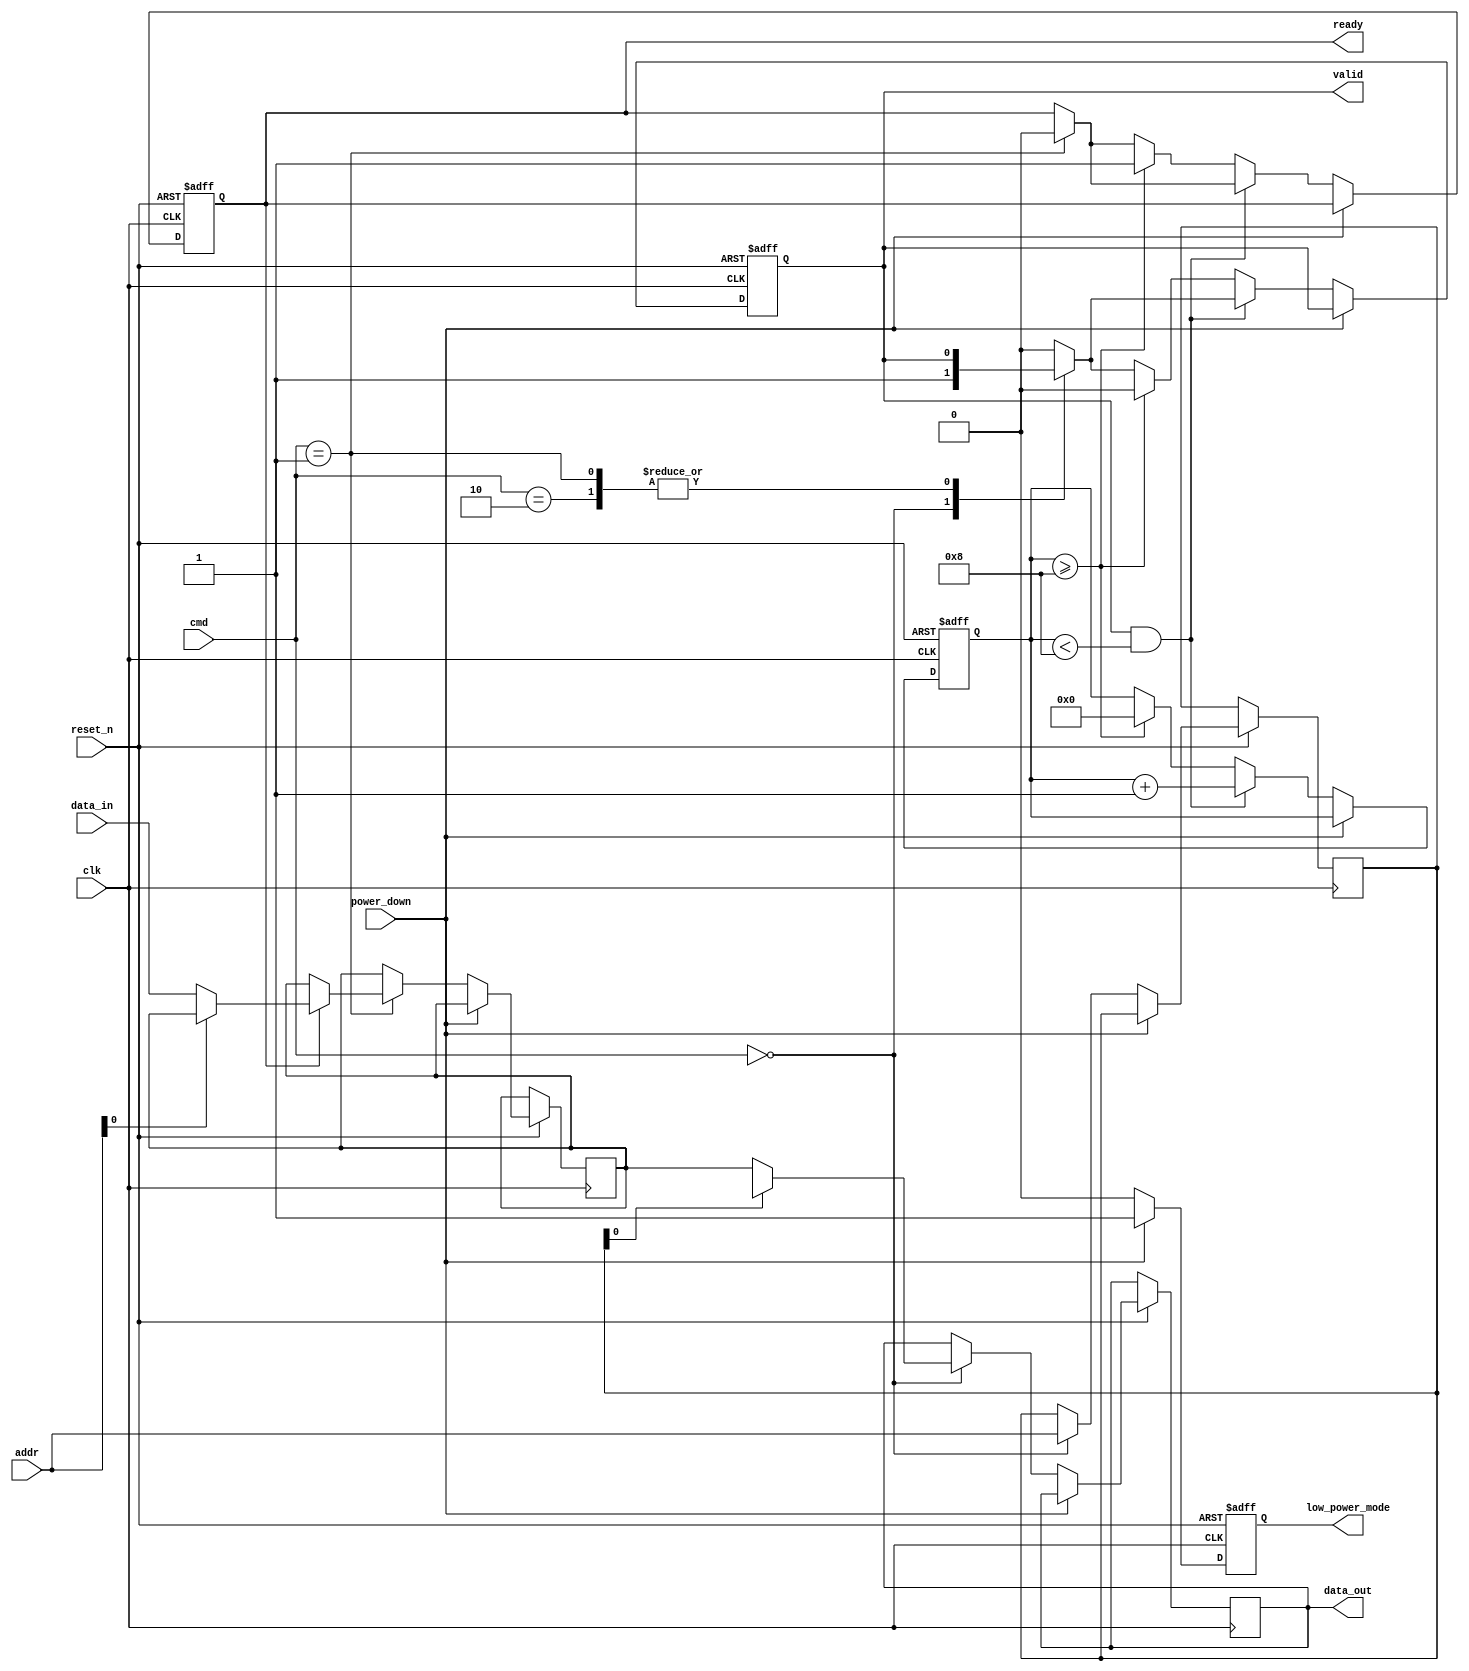
module gddr_io_block #(
    parameter DATA_WIDTH = 64,         // Configurable data bus width (32, 64 bits)
    parameter BURST_LENGTH = 8,         // Configurable burst length (4, 8, 16)
    parameter ADDR_WIDTH = 32           // Address width for memory access
)(
    input wire clk,                     // System clock
    input wire reset_n,                 // Active low reset

    // Command Interface
    input wire [2:0] cmd,               // Command signals (e.g., READ, WRITE, PRECHARGE)
    input wire [ADDR_WIDTH-1:0] addr,   // Address input

    // Data Interface
    input wire [DATA_WIDTH-1:0] data_in, // Data input for write operations
    output reg [DATA_WIDTH-1:0] data_out, // Data output for read operations

    // Control Signals
    output reg valid,                   // Valid signal for data output
    output reg ready,                   // Ready signal for data input

    // Power Management
    input wire power_down,              // Power down control
    output reg low_power_mode           // Low power mode indication

    // Differential Signaling (not shown, typically requires additional pins)
);

    // Internal signals
    reg [DATA_WIDTH-1:0] memory [0:2**ADDR_WIDTH-1]; // Simple memory model
    reg [3:0] burst_counter;         // Counter for burst operations
    reg [ADDR_WIDTH-1:0] current_addr; // Current address for operations

    // Memory access control
    always @(posedge clk or negedge reset_n) begin
        if (!reset_n) begin
            valid <= 0;
            ready <= 1;
            low_power_mode <= 0;
            burst_counter <= 0;
        end else if (power_down) begin
            low_power_mode <= 1; // Enter low power mode
        end else begin
            low_power_mode <= 0; // Exit low power mode
            case (cmd)
                3'b000: begin // READ command
                    current_addr <= addr;
                    valid <= 1;
                    data_out <= memory[current_addr];
                end
                3'b001: begin // WRITE command
                    if (ready) begin
                        memory[addr] <= data_in;
                        ready <= 0;
                    end
                end
                3'b010: begin // PRECHARGE command
                    // Handle precharge logic here
                end
                default: begin
                    valid <= 0;
                end
            endcase
            
            // Burst operation handling
            if (valid && burst_counter < BURST_LENGTH) begin
                // Logic for burst read/write operations
                burst_counter <= burst_counter + 1;
            end else if (burst_counter >= BURST_LENGTH) begin
                burst_counter <= 0; // Reset counter after burst
                ready <= 1;         // Indicate ready for next operation
                valid <= 0;        // Reset valid signal
            end
        end
    end

endmodule